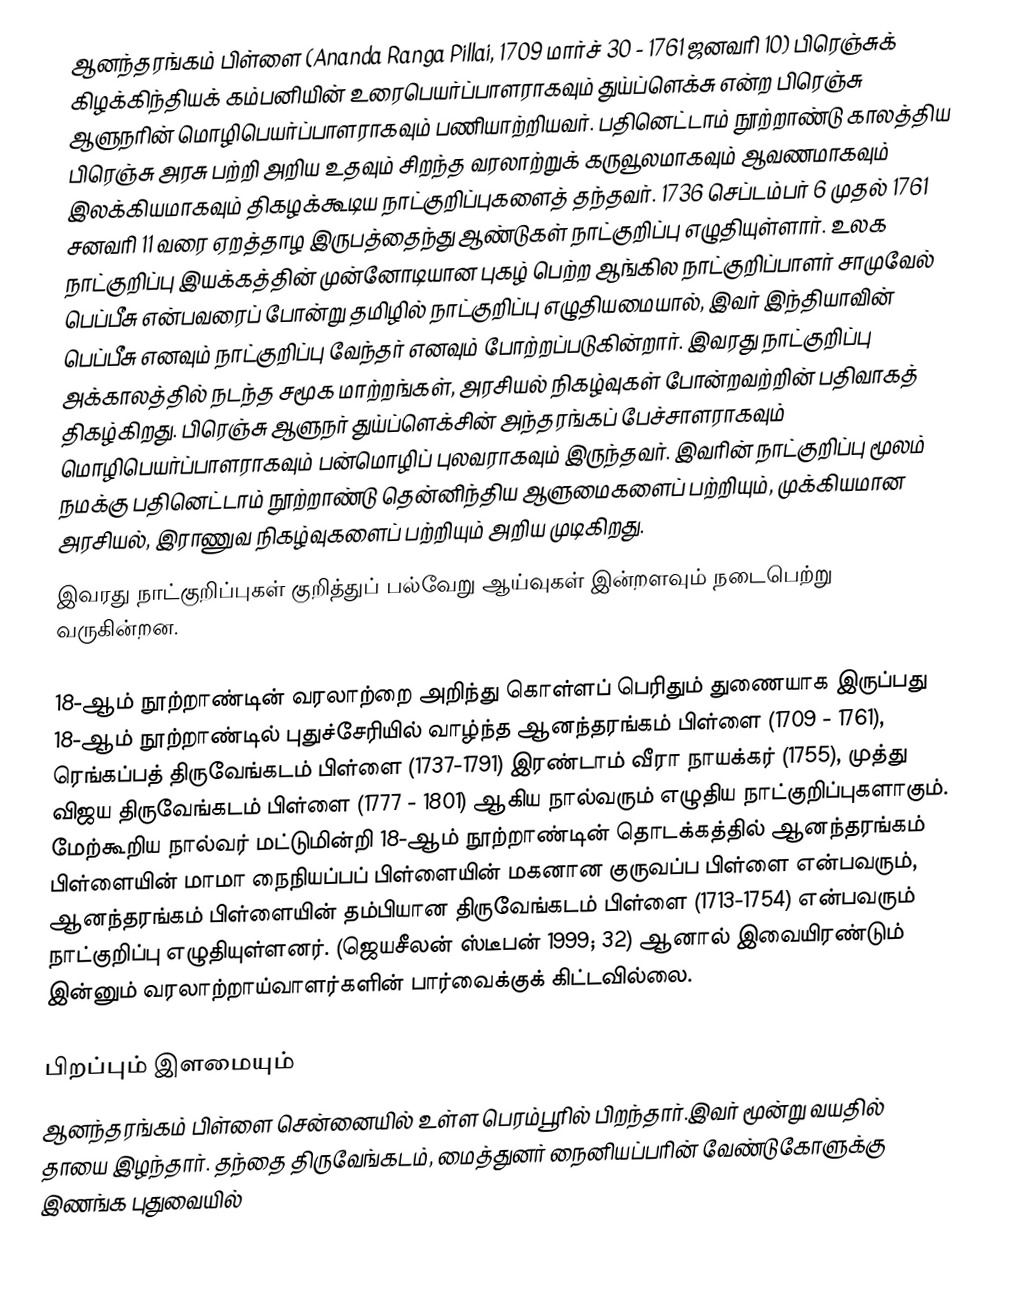
ஆனந்தரங்கம் பிள்ளை (Ananda Ranga Pillai, 1709 மார்ச் 30 - 1761 ஜனவரி 10) பிரெஞ்சுக் கிழக்கிந்தியக் கம்பனியின் உரைபெயர்ப்பாளராகவும்  துய்ப்ளெக்சு என்ற பிரெஞ்சு ஆளுநரின் மொழிபெயர்ப்பாளராகவும் பணியாற்றியவர். பதினெட்டாம் நூற்றாண்டு காலத்திய பிரெஞ்சு அரசு பற்றி அறிய உதவும் சிறந்த வரலாற்றுக் கருவூலமாகவும் ஆவணமாகவும் இலக்கியமாகவும் திகழக்கூடிய நாட்குறிப்புகளைத் தந்தவர். 1736 செப்டம்பர் 6 முதல் 1761 சனவரி 11 வரை ஏறத்தாழ இருபத்தைந்து ஆண்டுகள் நாட்குறிப்பு எழுதியுள்ளார். உலக நாட்குறிப்பு இயக்கத்தின் முன்னோடியான புகழ் பெற்ற ஆங்கில நாட்குறிப்பாளர் சாமுவேல் பெப்பீசு என்பவரைப் போன்று தமிழில் நாட்குறிப்பு எழுதியமையால், இவர் இந்தியாவின் பெப்பீசு எனவும் நாட்குறிப்பு வேந்தர் எனவும் போற்றப்படுகின்றார். இவரது நாட்குறிப்பு அக்காலத்தில் நடந்த சமூக மாற்றங்கள், அரசியல் நிகழ்வுகள் போன்றவற்றின் பதிவாகத் திகழ்கிறது. பிரெஞ்சு ஆளுநர் துய்ப்ளெக்சின் அந்தரங்கப் பேச்சாளராகவும் மொழிபெயர்ப்பாளராகவும் பன்மொழிப் புலவராகவும் இருந்தவர். இவரின் நாட்குறிப்பு மூலம் நமக்கு பதினெட்டாம் நூற்றாண்டு தென்னிந்திய ஆளுமைகளைப் பற்றியும், முக்கியமான அரசியல், இராணுவ நிகழ்வுகளைப் பற்றியும் அறிய முடிகிறது.
இவரது நாட்குறிப்புகள் குறித்துப் பல்வேறு ஆய்வுகள் இன்றளவும் நடைபெற்று வருகின்றன.

18-ஆம் நூற்றாண்டின் வரலாற்றை அறிந்து கொள்ளப் பெரிதும் துணையாக இருப்பது 18-ஆம் நூற்றாண்டில் புதுச்சேரியில் வாழ்ந்த ஆனந்தரங்கம் பிள்ளை (1709 - 1761), ரெங்கப்பத் திருவேங்கடம் பிள்ளை (1737-1791) இரண்டாம் வீரா நாயக்கர் (1755), முத்து விஜய திருவேங்கடம் பிள்ளை (1777 - 1801) ஆகிய நால்வரும் எழுதிய நாட்குறிப்புகளாகும். மேற்கூறிய நால்வர் மட்டுமின்றி 18-ஆம் நூற்றாண்டின் தொடக்கத்தில் ஆனந்தரங்கம் பிள்ளையின் மாமா நைநியப்பப் பிள்ளையின் மகனான குருவப்ப பிள்ளை என்பவரும், ஆனந்தரங்கம் பிள்ளையின் தம்பியான திருவேங்கடம் பிள்ளை (1713-1754) என்பவரும் நாட்குறிப்பு எழுதியுள்ளனர். (ஜெயசீலன் ஸ்டீபன் 1999; 32) ஆனால் இவையிரண்டும் இன்னும் வரலாற்றாய்வாளர்களின் பார்வைக்குக் கிட்டவில்லை.

பிறப்பும் இளமையும்
ஆனந்தரங்கம் பிள்ளை சென்னையில் உள்ள பெரம்பூரில் பிறந்தார்.இவர் மூன்று வயதில் தாயை இழந்தார். தந்தை  திருவேங்கடம், மைத்துனர் நைனியப்பரின் வேண்டுகோளுக்கு இணங்க புதுவையில்